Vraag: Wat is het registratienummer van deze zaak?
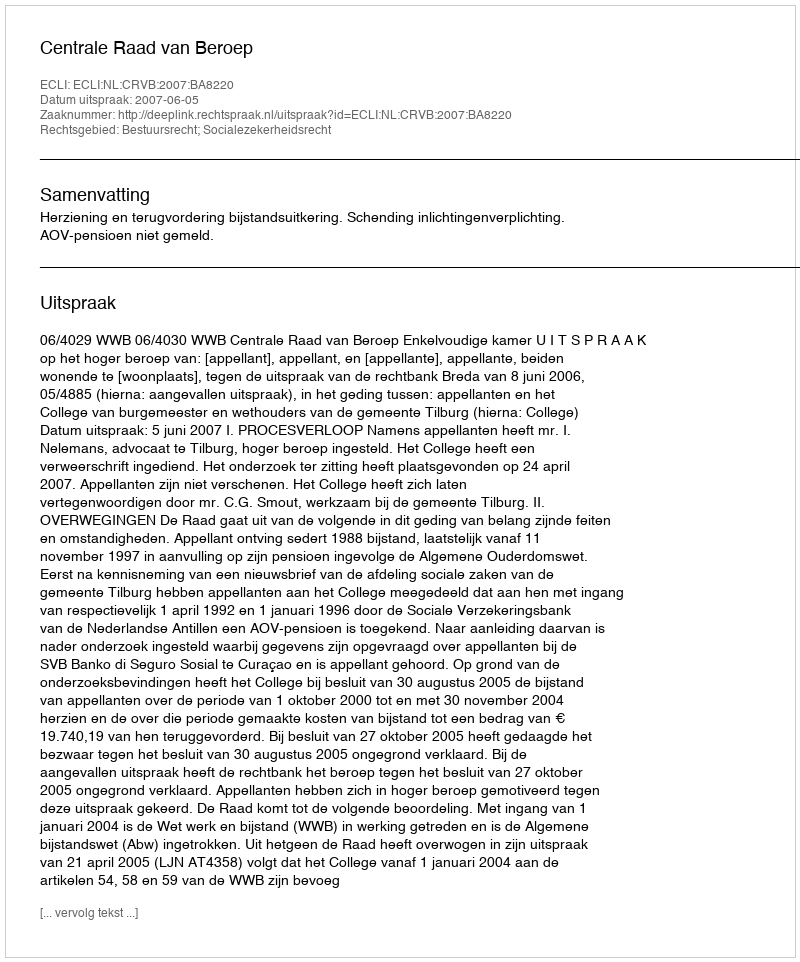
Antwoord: http://deeplink.rechtspraak.nl/uitspraak?id=ECLI:NL:CRVB:2007:BA8220